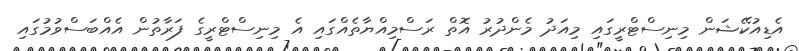
އެޑިއުކޭޝަން މިނިސްޓްރީގައި މިއަދު މެންދުރު އޮތް ރަސްމިއްޔާތެއްގައި އެ މިނިސްޓްރީގެ ފަރާތުން އެއްބަސްވުމުގައި